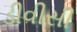
ડીવીસી